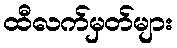
ထီလက်မှတ်များ